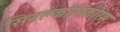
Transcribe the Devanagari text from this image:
सिनक्लोरिकोरम्